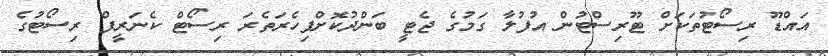
އައްޑޫ ރިސޯޓުތަކަށް ޓޫރިސްޓުން އުފުލާ ގަމުގެ ޖެޓީ ބަންދުކޮށްފިހެރަތެރަ ރިސޯޓް ކެނަރީފް ރިސޯޓުގެ